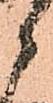
候